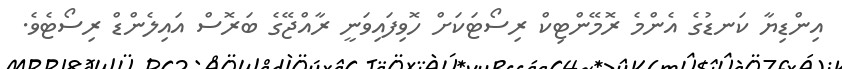
އިންޑިޔާ ކަނޑުގެ އެންމެ ރޮމޭންޓިކް ރިސޯޓަކަށް ހޮވިފައިވަނީ ރާއްޖޭގެ ބަރޮސް އައިލެންޑް ރިސޯޓެވެ.